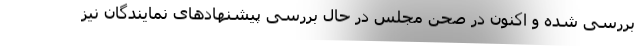
بررسی شده و اکنون در صحن مجلس در حال بررسی پیشنهاد‌های نمایندگان نیز